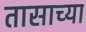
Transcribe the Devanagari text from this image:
तासाच्‍या